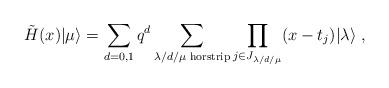
LaTeX: \begin{align*}\tilde{H}(x)|\mu \rangle =\sum_{d=0,1}q^{d}\sum_{\lambda /d/\mu \text{ horstrip}}\prod_{j\in J_{\lambda /d/\mu }}(x-t_{j})|\lambda \rangle \;,\end{align*}